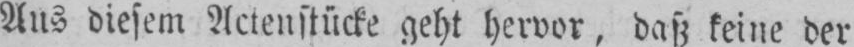
Aus diesem Actenstücke geht hervor, daß keine der